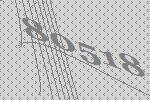
80518